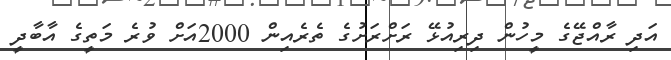
އަދި ރާއްޖޭގެ މީހުން ދިރިއުޅޭ ރަށްރަށުގެ ތެރެއިން 2000އަށް ވުރެ މަތީގެ އާބާދީ